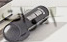
اموات